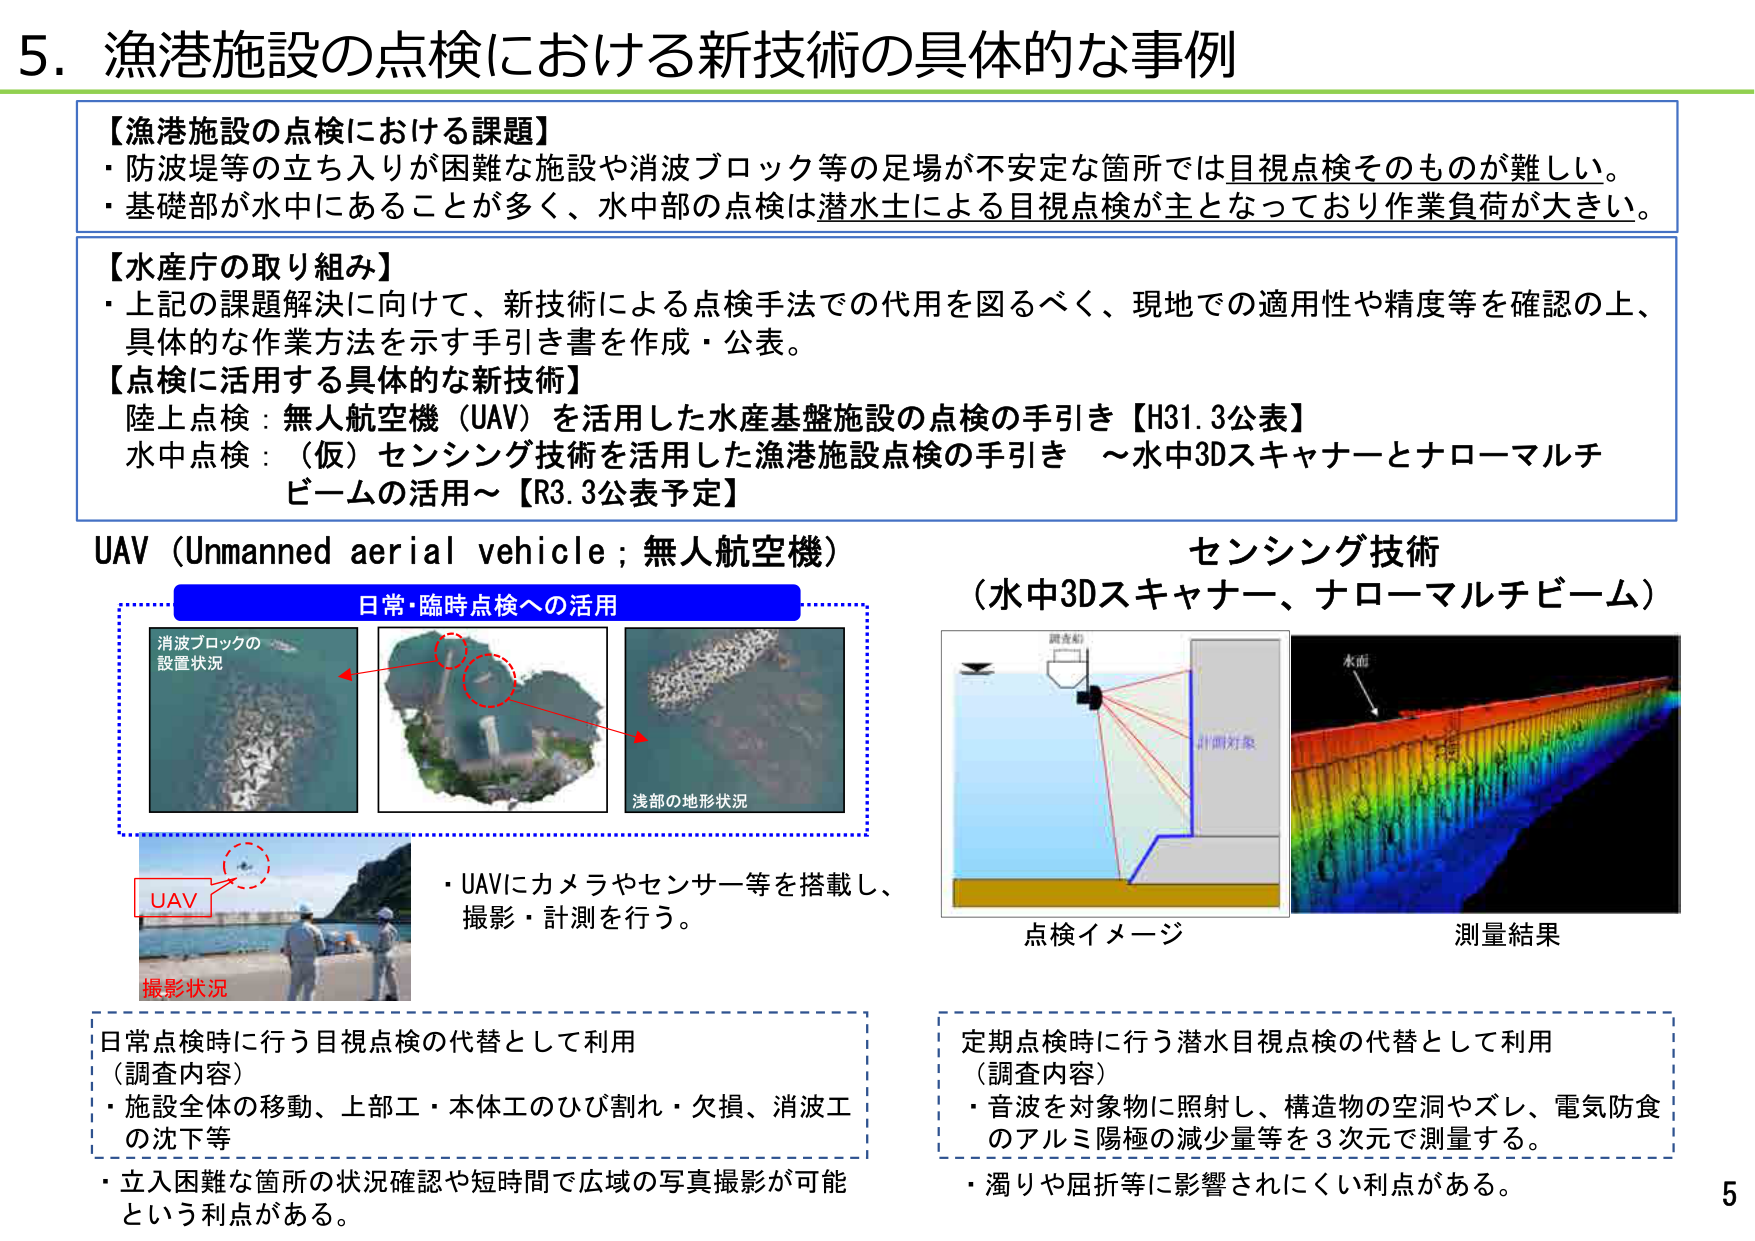
5. 漁港施設の点検における新技術の具体的な事例

【漁港施設の点検における課題】
・防波堤等の立ち入りが困難な施設や消波ブロック等の足場が不安定な箇所では目視点検そのものが難しい。
・基礎部が水中にあることが多く、水中部の点検は潜水士による目視点検が主となっており作業負荷が大きい。

【水産庁の取り組み】
・上記の課題解決に向けて、新技術による点検手法での代用を図るべく、現地での適用性や精度等を確認の上、具体的な作業方法を示す手引き書を作成・公表。

【点検に活用する具体的な新技術】
陸上点検：無人航空機（UAV）を活用した水産基盤施設の点検の手引き【H31.3公表】
水中点検：（仮）センシング技術を活用した漁港施設点検の手引き ～水中3Dスキャナーとナローマルチビームの活用～【R3.3公表予定】

UAV（Unmanned aerial vehicle；無人航空機）
日常・臨時点検への活用
消波ブロックの
設置状況
浅部の地形状況
UAV
撮影状況
・UAVにカメラやセンサー等を搭載し、
撮影・計測を行う。

日常点検時に行う目視点検の代替として利用
（調査内容）
・施設全体の移動、上部工・本体工のひび割れ・欠損、消波工の沈下等
・立入困難な箇所の状況確認や短時間で広域の写真撮影が可能という利点がある。

センシング技術
（水中3Dスキャナー、ナローマルチビーム）
調査船
計測対象
水面
点検イメージ
測量結果

定期点検時に行う潜水目視点検の代替として利用
（調査内容）
・音波を対象物に照射し、構造物の空洞やズレ、電気防食のアルミ陽極の減少量等を3次元で測量する。
・濁りや屈折等に影響されにくい利点がある。

5